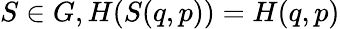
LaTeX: S\in G,H(S(q,p))=H(q,p)